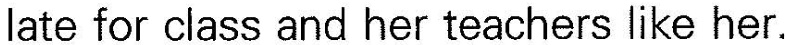
late for class and her teachers like her.